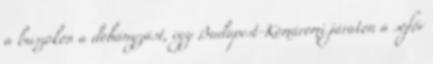
a buszokon a dohányzást, egy Budapest-Komáromi járaton a sofőr